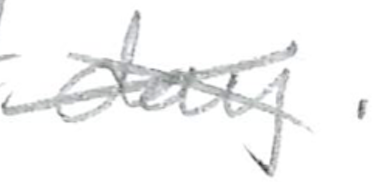
Text: day.
Cross-out: cross
Writing tool: pencil